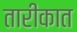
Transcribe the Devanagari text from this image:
तारीकात